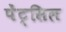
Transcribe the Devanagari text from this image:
पेंट्सिल